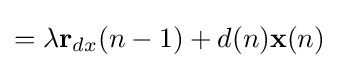
=\lambda \mathbf {r} _{dx}(n-1)+d(n)\mathbf {x} (n)